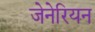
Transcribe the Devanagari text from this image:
जेनेरियन